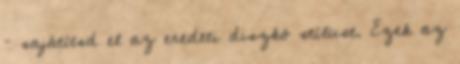
– sajátítsd el az eredeti diszkó stílust. Ezek az